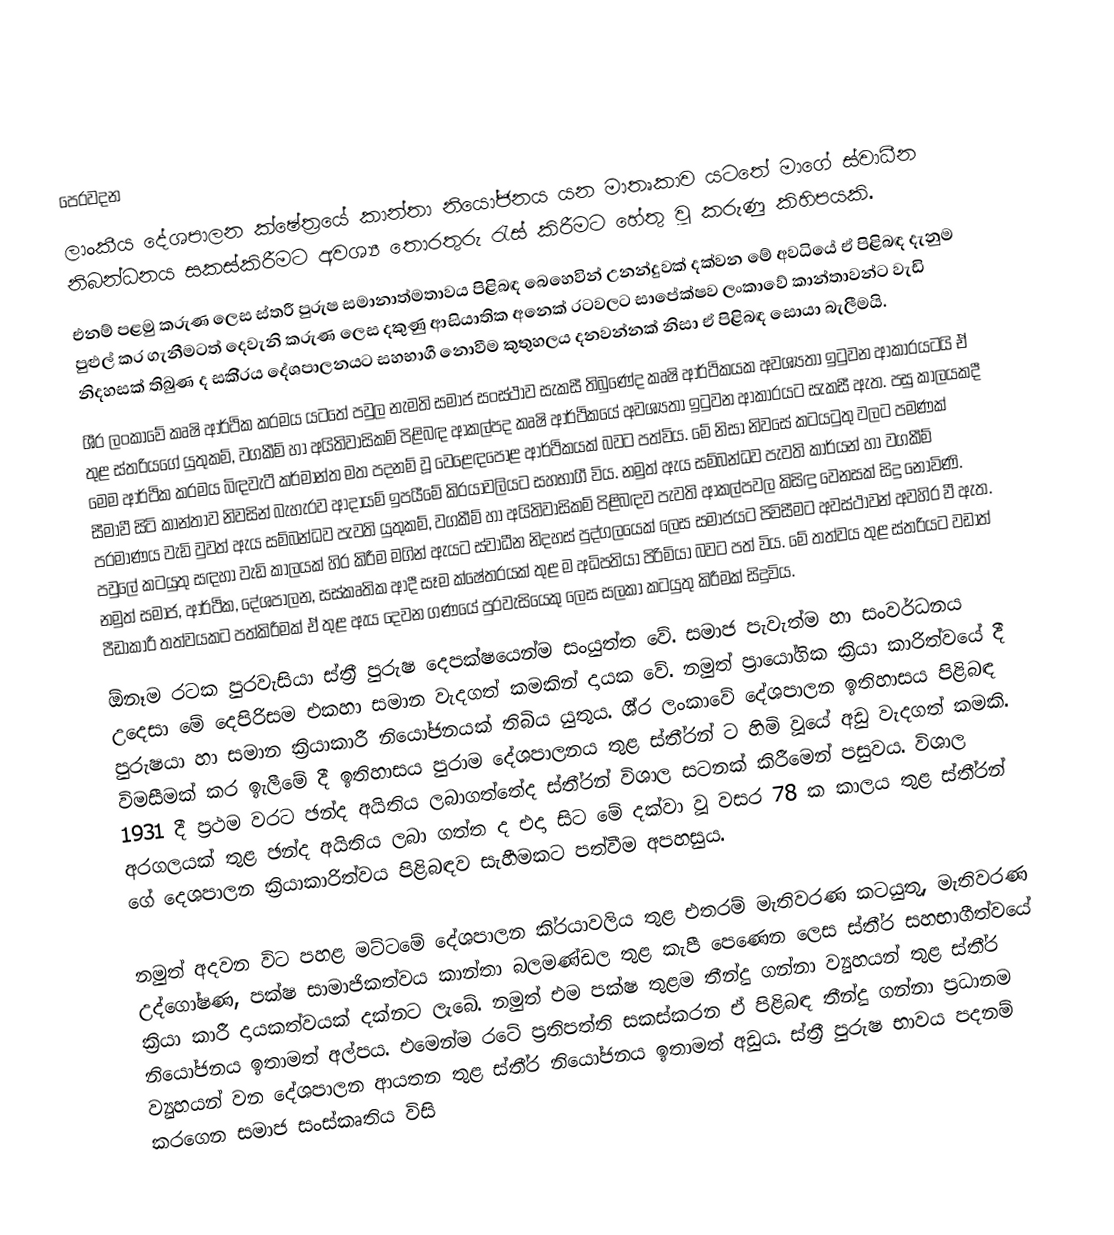

පෙරවදන
ලාංකීය දේශපාලන ක්ෂේත‍්‍රයේ කාන්තා නියෝජනය යන මාතෘකාව යටතේ මාගේ ස්වාධීන නිබන්ධනය සකස්කිරීමට අවශ්‍ය තොරතුරු රැස් කිරීමට හේතු වූ කරුණු කිහිපයකි.
එනම් පළමු කරුණ ලෙස ස්ත‍්‍රී පුරුෂ සමානාත්මතාවය පිළිබඳ බෙහෙවින් උනන්දුවක් දක්වන මේ අවධියේ ඒ පිළිබඳ දැනුම පුළුල් කර ගැනීමටත් දෙවැනි කරුණ ලෙස දකුණු ආසියාතික අනෙක් රටවලට සාපේක්ෂව ලංකාවේ කාන්තාවන්ට වැඩි නිදහසක් තිබුණ ද සකි‍්‍රය දේශපාලනයට සහභාගී නොවීම කුතුහලය දනවන්නක් නිසා ඒ පිළිබඳ සොයා බැලීමයි.
ශී‍්‍ර ලංකාවේ කෘෂි ආර්ථික ක‍්‍රමය යටතේ පවුල නැමති සමාජ සංස්ථාව සැකසී තිබුණේද කෘෂි ආර්ථිකයක අවශ්‍යතා ඉටුවන ආකාරයටයි ඒ තුළ ස්ත‍්‍රියගේ යුතුකම්, වගකීම් හා අයිතිවාසිකම් පිළිබඳ ආකල්පද කෘෂි ආර්ථිකයේ අවශ්‍යතා ඉටුවන ආකාරයට සැකසී ඇත. පසු කාලයකදී මෙම ආර්ථික ක‍්‍රමය බිඳවැටී කර්මාන්ත මත පදනම් වූ වෙළෙඳපොළ ආර්ථිකයක් බවට පත්විය. මේ නිසා නිවසේ කටයටුතු වලට පමණක් සීමාවී සිටි කාන්තාව නිවසින් බැහැරව ආදායම් ඉපයීමේ කි‍්‍රයාවලියට සහභාගී විය. නමුත් ඇය සම්බන්ධව පැවති කාර්යන් හා වගකීම් ප‍්‍රමාණය වැඩි වුවත් ඇය සම්බන්ධව පැවති යුතුකම්, වගකීම් හා අයිතිවාසිකම් පිළිබඳව පැවති ආකල්පවල කිසිඳු වෙනසක් සිදු නොවිණි. පවුලේ කටයුතු සඳහා වැඩි කාලයක් හිර කිරීම මගින් ඇයට ස්වාධීන නිදහස් පුද්ගලයෙක් ලෙස සමාජයට පිවිසීමට අවස්ථාවන් අවහිර වී ඇත. නමුත් සමාජ, ආර්ථික, දේශපාලන, සස්කෘතික ආදී සෑම ක්ෂේත‍්‍රයක් තුළ ම අධිපතියා පිරිමියා බවට පත් විය. මේ තත්වය තුළ ස්ත‍්‍රියට වඩාත් පීඩාකාරී තත්වයකට පත්කිරීමක් ඒ තුළ ඇය දෙවන ගණයේ පුරවැසියෙකු ලෙස සලකා කටයුතු කිරීමක් සිදුවිය.
ඕනෑම රටක පුරවැසියා ස්ත‍්‍රී පුරුෂ දෙපක්ෂයෙන්ම සංයුත්ත වේ. සමාජ පැවැත්ම හා සංවර්ධනය උදෙසා මේ දෙපිරිසම එකහා සමාන වැදගත් කමකින් දායක වේ. නමුත් ප‍්‍රායෝගික ක‍්‍රියා කාරිත්වයේ දී පුරුෂයා හා සමාන ක‍්‍රියාකාරී නියෝජනයක් තිබිය යුතුය. ශී‍්‍ර ලංකාවේ දේශපාලන ඉතිහාසය පිළිබඳ විමසීමක් කර ඉැලීමේ දී ඉතිහාසය පුරාම දේශපාලනය තුළ ස්තී‍්‍රන් ට හිමි වූයේ අඩු වැදගත් කමකි. 1931 දී ප‍්‍රථම වරට ඡන්ද අයිතිය ලබාගත්තේද ස්තී‍්‍රන් විශාල සටනක් කිරීමෙන් පසුවය. විශාල අරගලයක් තුළ ඡන්ද අයිතිය ලබා ගත්ත ද එදා සිට මේ දක්වා වූ වසර 78 ක කාලය තුළ ස්තී‍්‍රන් ගේ දෙශපාලන ක‍්‍රියාකාරිත්වය පිළිබඳව සැහීමකට පත්වීම අපහසුය.

නමුත් අදවන විට පහළ මට්ටමේ දේශපාලන කි‍්‍රයාවලිය තුළ එතරම් මැතිවරණ කටයුතු, මැතිවරණ උද්ගෝෂණ, පක්ෂ සාමාජිකත්වය කාන්තා බලමණ්ඩල තුළ කැපී පෙණෙන ලෙස ස්තී‍්‍ර සහභාගීත්වයේ ක‍්‍රියා කාරී දායකත්වයක් දක්නට ලැබේ. නමුත් එම පක්ෂ තුළම තීන්දු ගන්නා ව්‍යුහයන් තුළ ස්තී‍්‍ර නියෝජනය ඉතාමත් අල්පය. එමෙන්ම රටේ ප‍්‍රතිපත්ති සකස්කරන ඒ පිළිබඳ තීන්දු ගන්නා ප‍්‍රධානම ව්‍යුහයන් වන දේශපාලන ආයතන තුළ ස්තී‍්‍ර නියෝජනය ඉතාමත් අඩුය. ස්ත‍්‍රී පුරුෂ භාවය පදනම් කරගෙන සමාජ සංස්කෘතිය විසි